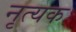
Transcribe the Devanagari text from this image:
नृत्यक